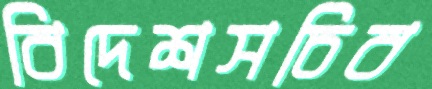
বিদেশসচিব